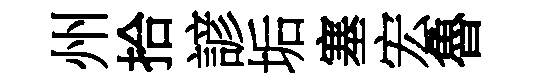
州拾諺垢塞宏魯